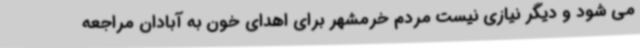
می شود و دیگر نیازی نیست مردم خرمشهر برای اهدای خون به آبادان مراجعه